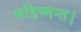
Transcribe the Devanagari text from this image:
महिष्मन्त।